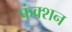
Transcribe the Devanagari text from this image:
फंक्‍शन